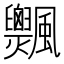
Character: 𩙞